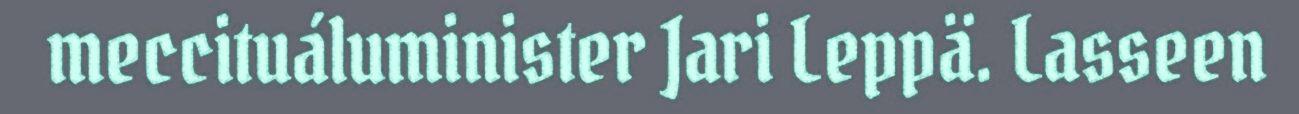
meccituáluminister Jari Leppä. Lasseen